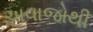
અવાજોથી